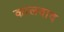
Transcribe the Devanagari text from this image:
कालवाद